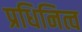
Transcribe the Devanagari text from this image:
प्रधिनित्व